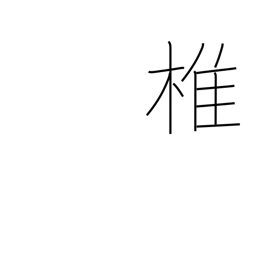
Meaning: spine